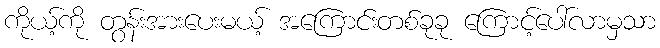
ကိုယ့်ကို တွန်းအားပေးမယ့် အကြောင်းတစ်ခုခု ကြောင့်ပေါ်လာမှသာ